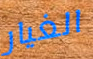
الغيار